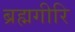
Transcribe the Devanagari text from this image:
ब्रह्मगीरि